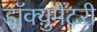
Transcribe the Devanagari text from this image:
डॉक्य़ुमेंटरी